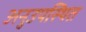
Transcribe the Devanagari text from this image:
अनुउपस्थित